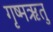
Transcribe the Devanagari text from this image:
गृष्‍मऋतु